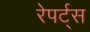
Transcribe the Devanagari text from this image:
रेपर्ट्स